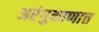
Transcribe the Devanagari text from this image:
अरंगुकाणात्त